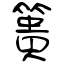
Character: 簣